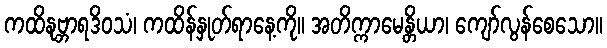
ကထိနုဗ္ဘာရဒိဝသံ၊ ကထိန်နှုတ်ရာနေ့ကို။ အတိက္ကာမေန္တိယာ၊ ကျော်လွန်စေသော။